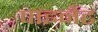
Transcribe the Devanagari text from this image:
पाइनेट